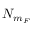
N _ { m _ { F } }